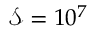
\mathscr { S } = 1 0 ^ { 7 }